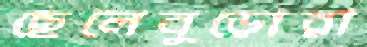
ছেলেবুড়োরা